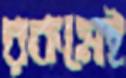
রকমেই